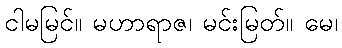
ငါမမြင်။ မဟာရာဇ၊ မင်းမြတ်။ မေ၊